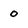
Character: 0